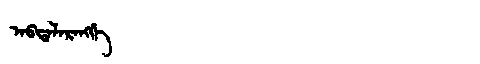
Manchu: ᠠᠪᡨᠠᠯᠠᡵᠠᠩᡤᡝ
Romanization: ABTALARANGGE